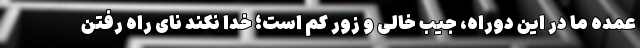
عمده ما در این دوراه، جیب خالی و زور کم است؛ خدا نکند نای راه رفتن